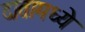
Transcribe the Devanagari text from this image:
दातामध्ये